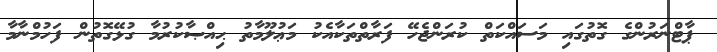
ޕާޓްނަރުންގެ ގޮތުގައި މަސައްކަތް ކުރަންޖެހޭ ފަރާތްތަކާއެކު މަޢުލޫމާތު ޙިއްޞާކުރުމާ ގުޅޭގޮތުން ފަހުމްނާމާ